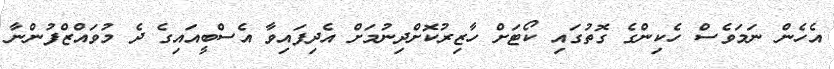
އެހެން ނަމަވެސް ހެކިންގެ ގޮތުގައި ކޯޓަށް ހާޒިރުކޮށްދިނުމަށް އެދިފައިވާ އެސްބީއައިގެ ދެ މުވައްޒްފުންނާ